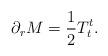
LaTeX: \begin{align*}\partial_r M={1\over 2}T^t_t .\end{align*}